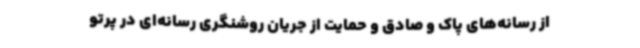
از رسانه‌های پاک و صادق و حمایت از جریان روشنگری رسانه‌ای در پرتو